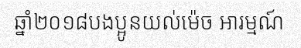
ឆ្នាំ២០១៨បងប្អូនយល់ម៉េច អារម្មណ៍